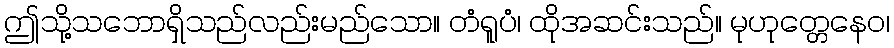
ဤသို့သဘောရှိသည်လည်းမည်သော။ တံရူပံ၊ ထိုအဆင်းသည်။ မုဟုတ္တေနေဝ၊